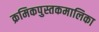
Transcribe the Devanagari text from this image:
क्रमिकपुस्तकमालिका